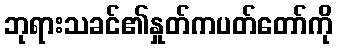
ဘုရားသခင်၏နှုတ်ကပတ်တော်ကို